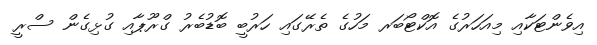
އިވެންޓަކާއި މިއަހަރުގެ އޮކްޓޯބަރ މަހުގެ ތެރޭގައި ހަރުބީ ބޮޑުބެރު ގްރޫޕާއި ގުޅިގެން ސްރީ